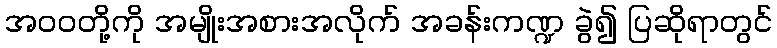
အဝဝတို့ကို အမျိုးအစားအလိုက် အခန်းကဏ္ဍ ခွဲ၍ ပြဆိုရာတွင်